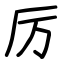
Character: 厉